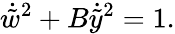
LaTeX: {\dot{\tilde{w}}}^{2}+B{\dot{\tilde{y}}}^{2}=1.